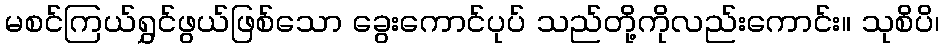
မစင်ကြယ်ရွှင်ဖွယ်ဖြစ်သော ခွေးကောင်ပုပ် သည်တို့ကိုလည်းကောင်း။ သုစိပိ၊